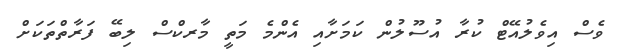
ވެސް އިވެލުއޭޓް ކުރާ އުސޫލުން ކަމަށާއި އެންމެ މަތީ މާރކްސް ލިބޭ ފަރާތްތަކަށް